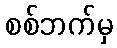
စစ်ဘက်မှ